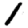
Digit: 1